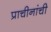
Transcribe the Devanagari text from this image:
प्राचीनांची